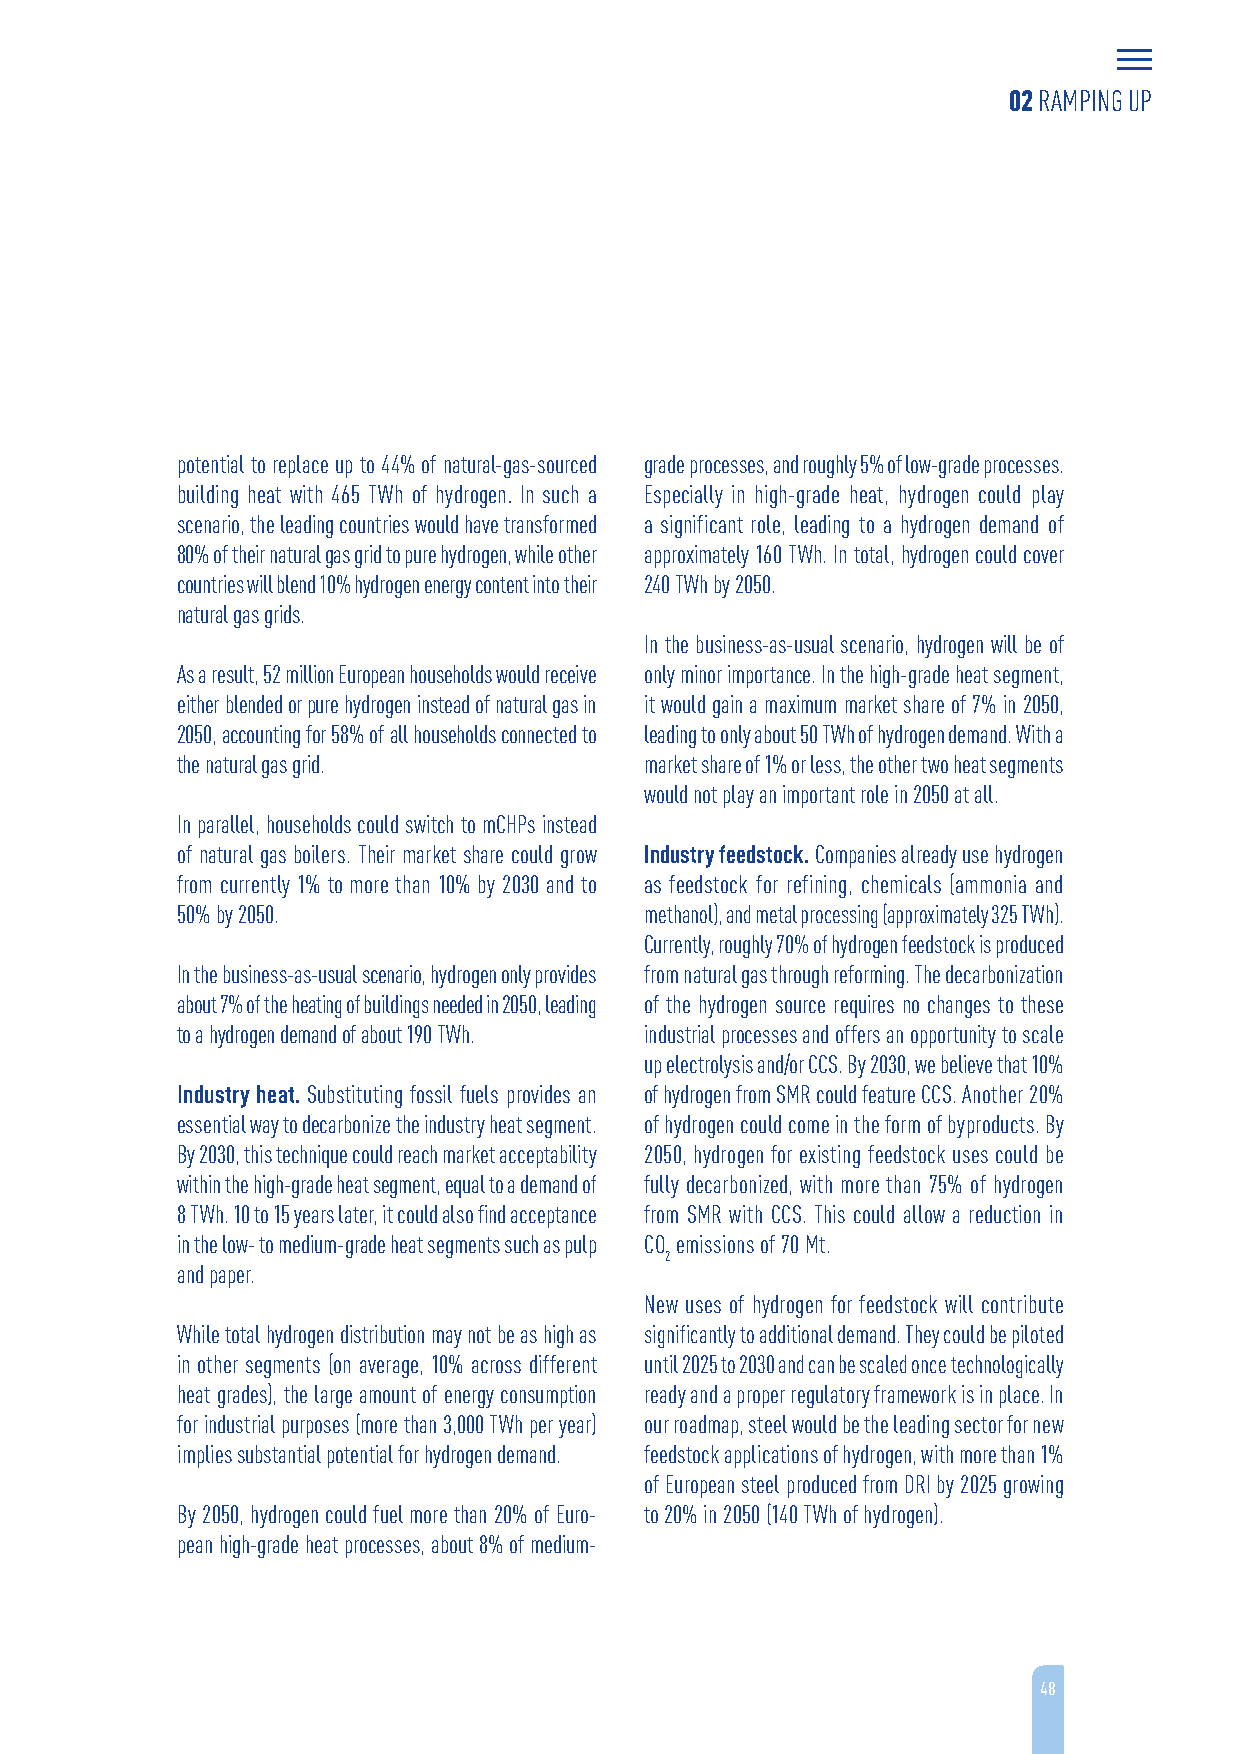
02 RAMPING UP
 potential to replace up to 44% of natural-gas-sourced grade processes, and roughly 5% of low-grade processes.
 building heat with 465 TWh of hydrogen. In such a Especially in high-grade heat, hydrogen could play
 scenario, the leading countries would have transformed a significant role, leading to a hydrogen demand of
 80% of their natural gas grid to pure hydrogen, while other approximately 160 TWh. In total, hydrogen could cover
 countries will blend 10% hydrogen energy content into their 240 TWh by 2050.
 natural gas grids.
 In the business-as-usual scenario, hydrogen will be of
 As a result, 52 million European households would receive only minor importance. In the high-grade heat segment,
 either blended or pure hydrogen instead of natural gas in it would gain a maximum market share of 7% in 2050,
 2050, accounting for 58% of all households connected to leading to only about 50 TWh of hydrogen demand. With a
 the natural gas grid.          market share of 1% or less, the other two heat segments
 would not play an important role in 2050 at all.
 In parallel, households could switch to mCHPs instead
 of natural gas boilers. Their market share could grow Industry feedstock. Companies already use hydrogen
 from currently 1% to more than 10% by 2030 and to as feedstock for refining, chemicals (ammonia and
 50% by 2050.                   methanol), and metal processing (approximately 325 TWh).
 Currently, roughly 70% of hydrogen feedstock is produced
 In the business-as-usual scenario, hydrogen only provides from natural gas through reforming. The decarbonization
 about 7% of the heating of buildings needed in 2050, leading of the hydrogen source requires no changes to these
 to a hydrogen demand of about 190 TWh. industrial processes and offers an opportunity to scale
 up electrolysis and/or CCS. By 2030, we believe that 10%
 Industry heat. Substituting fossil fuels provides an of hydrogen from SMR could feature CCS. Another 20%
 essential way to decarbonize the industry heat segment. of hydrogen could come in the form of byproducts. By
 By 2030, this technique could reach market acceptability 2050, hydrogen for existing feedstock uses could be
 within the high-grade heat segment, equal to a demand of fully decarbonized, with more than 75% of hydrogen
 8 TWh. 10 to 15 years later, it could also find acceptance from SMR with CCS. This could allow a reduction in
 in the low- to medium-grade heat segments such as pulp CO emissions of 70 Mt.
 2
 and paper.
 New uses of hydrogen for feedstock will contribute
 While total hydrogen distribution may not be as high as significantly to additional demand. They could be piloted
 in other segments (on average, 10% across different until 2025 to 2030 and can be scaled once technologically
 heat grades), the large amount of energy consumption ready and a proper regulatory framework is in place. In
 for industrial purposes (more than 3,000 TWh per year) our roadmap, steel would be the leading sector for new
 implies substantial potential for hydrogen demand. feedstock applications of hydrogen, with more than 1%
 of European steel produced from DRI by 2025 growing
 By 2050, hydrogen could fuel more than 20% of Euro- to 20% in 2050 (140 TWh of hydrogen).
 pean high-grade heat processes, about 8% of medium-
 48